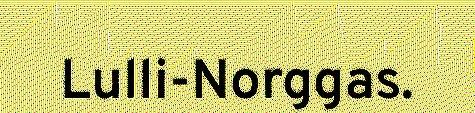
Lulli-Norggas.